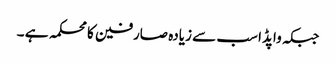
جبکہ واپڈا سب سے زیادہ صارفین کا محکمہ ہے ۔